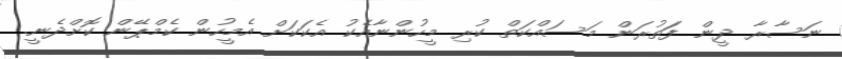
ނަސާރާ ދީން ފަަތުރަން މަސައްކަތް ކުރި މީހުންނާއެކު އެކަކަށް އެމީހުން ކެމްޕޭން ކޮށްދެނީ.